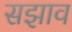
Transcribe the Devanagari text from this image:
सझाव